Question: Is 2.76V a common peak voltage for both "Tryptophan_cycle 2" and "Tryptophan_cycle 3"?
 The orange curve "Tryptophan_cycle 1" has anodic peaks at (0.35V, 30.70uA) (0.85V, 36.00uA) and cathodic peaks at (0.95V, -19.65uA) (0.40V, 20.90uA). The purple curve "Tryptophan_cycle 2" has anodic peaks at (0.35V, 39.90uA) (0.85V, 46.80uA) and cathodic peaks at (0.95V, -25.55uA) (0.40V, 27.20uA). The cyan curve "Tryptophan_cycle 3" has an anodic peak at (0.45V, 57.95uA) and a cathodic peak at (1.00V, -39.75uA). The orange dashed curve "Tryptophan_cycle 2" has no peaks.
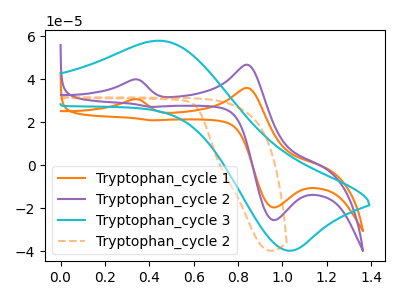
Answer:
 <answer>No, "Tryptophan_cycle 2" and "Tryptophan_cycle 3" dont share a peak at 2.76V.</answer>
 <eval>mismatch</eval>